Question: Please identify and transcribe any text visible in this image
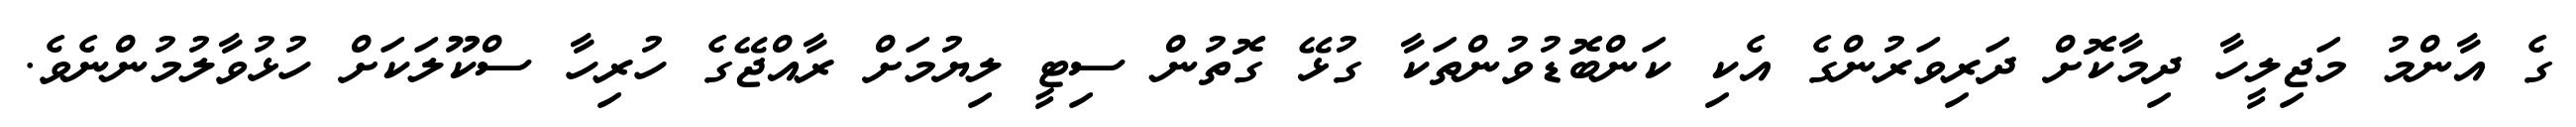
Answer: ގެ އާންމު މަޖިލީހާ ދިމާކޮށް ދަރިވަރުންގެ އެކި ކަންބޮޑުވުންތަކާ ގުޅޭ ގޮތުން ސިޓީ ލިޔުމަށް ރާއްޖޭގެ ހުރިހާ ސްކޫލަކަށް ހުޅުވާލުމުންނެވެ.